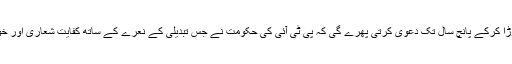
پھربڑے فخر سے اپنا سینہ چوڑا کرکے پانچ سال تک دعویٰ کرتی پھرے گی کہ پی ٹی آئی کی حکومت نے جس تبدیلی کے نعرے کے ساتھ کفایت شعاری اور خودانحصاری کا علم بلند کیا تھا۔